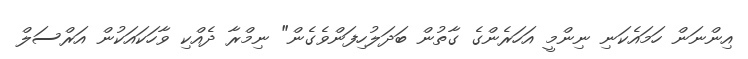
އިންނަން ހަމައެކަނި ނިންމީ އަހަރެންގެ ގާތުން ބަދަލުހިފަންވެގެން" ނިމްރާ ދެއްކި ވާހަކައަކުން އަރްސަލް